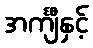
အင်္ကျီနှင့်